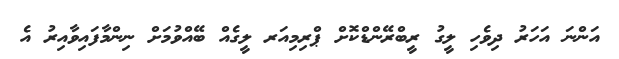
އަންނަ އަހަރު ދިވެހި ލީގު ރީބްރޭންޑްކޮށް ޕްރިމިއަރ ލީގެއް ބޭއްވުމަށް ނިންމާފައިވާއިރު އެ